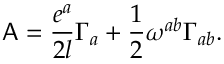
{ \sf A } = \frac { e ^ { a } } { 2 l } \Gamma _ { a } + \frac { 1 } { 2 } \omega ^ { a b } \Gamma _ { a b } .